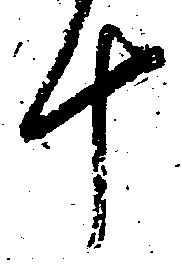
十